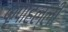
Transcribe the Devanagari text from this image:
कृपाहल्ली